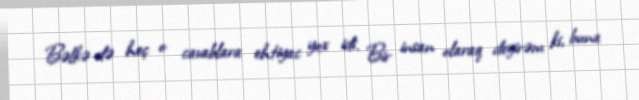
Bəlkə də heç o cavablara ehtiyac yox idi. Bir insan olaraq deyirəm ki, buna